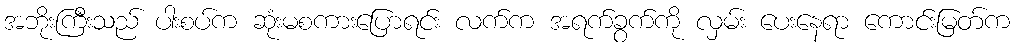
အဘိုးကြီးသည် ပါးစပ်က ဆုံးမစကားပြောရင်း လက်က အရက်ခွက်ကို လှမ်း ပေးနေရာ ကောင်းမြတ်က